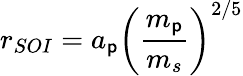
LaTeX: r_{SOI}=a_{\mathsf{p}}\left({\frac{{m_{\mathsf{p}}}}{{m_{s}}}}\right)^{2/5}